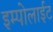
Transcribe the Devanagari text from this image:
इम्पोलाईट